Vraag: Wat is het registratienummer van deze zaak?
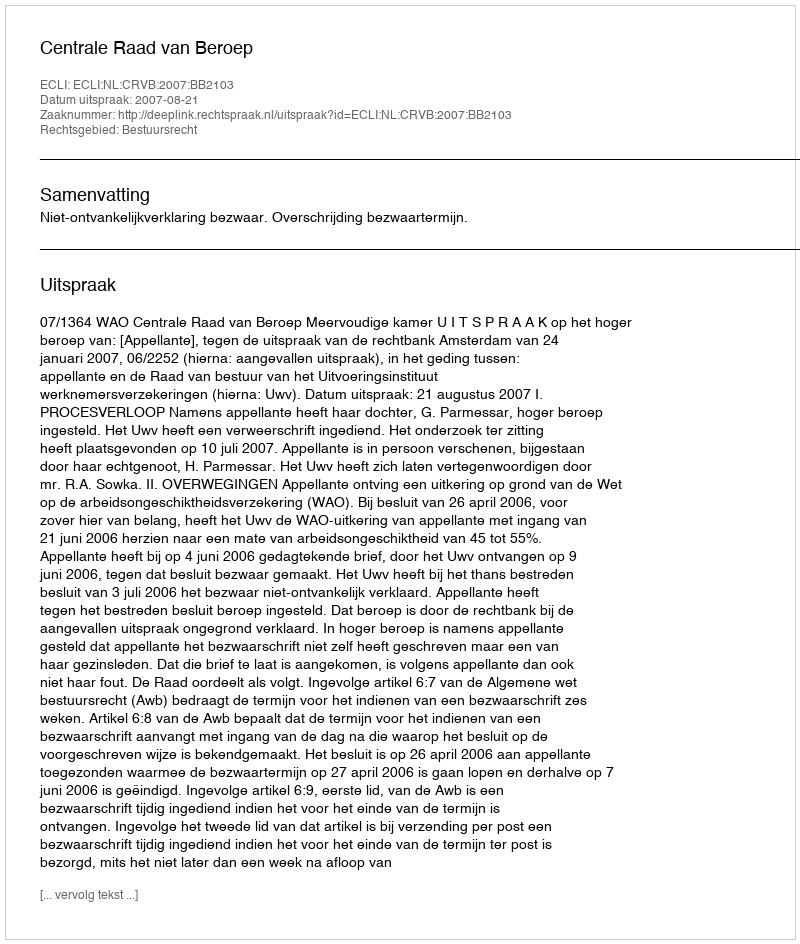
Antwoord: http://deeplink.rechtspraak.nl/uitspraak?id=ECLI:NL:CRVB:2007:BB2103